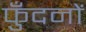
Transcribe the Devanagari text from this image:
फुँदनों